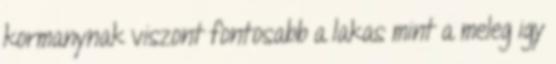
kormanynak viszont fontosabb a lakas mint a meleg igy